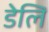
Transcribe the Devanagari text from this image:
डेलि